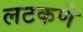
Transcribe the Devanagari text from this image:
लटकणे